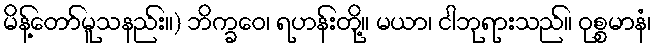
မိန့်တော်မူသနည်း။) ဘိက္ခဝေ၊ ရဟန်းတို့။ မယာ၊ ငါဘုရားသည်။ ဝုစ္စမာနံ၊